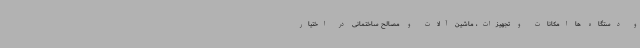
و دستگاه ها امکانات و تجهیزات، ماشین آلات و مصالح ساختمانی در اختیار